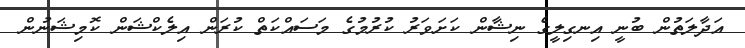
އަދާލަތުން ބުނީ އިނގިލީގެ ނިޝާން ކަށަވަރު ކުރުމުގެ މަސައްކަތް ކުރަން އިލެކްޝަން ކޮމިޝަނުން